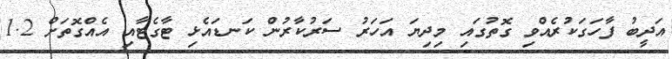
އަދީބު ފާހަގަކުރެއްވި ގޮތުގައި މިދިޔަ އަހަރު ސަރުކާރުން ކަނޑައެޅި ޓާގެޓާއި އެއްގޮތަށް 1.2